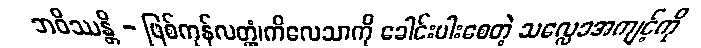
ဘဝိဿန္တိ - ဖြစ်ကုန်လတ္တံ့၊ကိလေသာကို ခေါင်းပါးစေတဲ့ သလ္လေခအကျင့်ကို